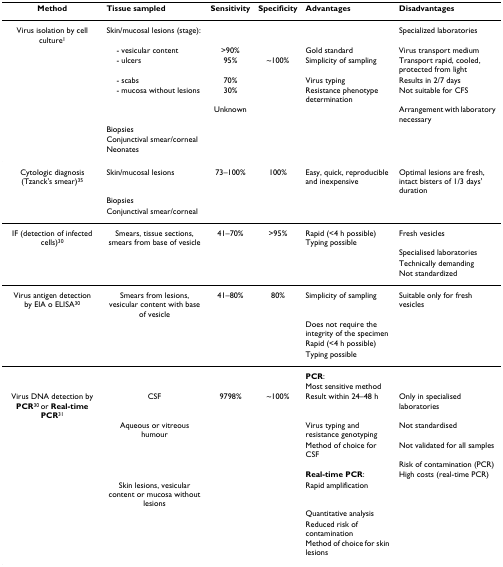
<table><thead><tr><td><b>Method</b></td><td><b>Tissue sampled</b></td><td><b>Sensitivity</b></td><td><b>Specificity</b></td><td><b>Advantages</b></td><td><b>Disadvantages</b></td></tr></thead><tbody><tr><td>Virus isolation by cell culture<sup>1</sup></td><td>Skin/mucosal lesions (stage):</td><td></td><td></td><td></td><td>Specialized laboratories</td></tr><tr><td></td><td> - vesicular content</td><td>&gt;90%</td><td></td><td>Gold standard</td><td>Virus transport medium</td></tr><tr><td></td><td> - ulcers</td><td>95%</td><td>~100%</td><td>Simplicity of sampling</td><td>Transport rapid, cooled, protected from light</td></tr><tr><td></td><td> - scabs</td><td>70%</td><td></td><td>Virus typing</td><td>Results in 2/7 days</td></tr><tr><td></td><td> - mucosa without lesions</td><td>30%</td><td></td><td>Resistance phenotype determination</td><td>Not suitable for CFS</td></tr><tr><td></td><td></td><td>Unknown</td><td></td><td></td><td>Arrangement with laboratory necessary</td></tr><tr><td></td><td>Biopsies</td><td></td><td></td><td></td><td></td></tr><tr><td></td><td>Conjunctival smear/corneal</td><td></td><td></td><td></td><td></td></tr><tr><td></td><td>Neonates</td><td></td><td></td><td></td><td></td></tr><tr><td>Cytologic diagnosis(Tzanck&#x27;s smear)<sup>35</sup></td><td>Skin/mucosal lesions</td><td>73–100%</td><td>100%</td><td>Easy, quick, reproducible and inexpensive</td><td>Optimal lesions are fresh, intact bisters of 1/3 days&#x27; duration</td></tr><tr><td></td><td>Biopsies</td><td></td><td></td><td></td><td></td></tr><tr><td></td><td>Conjunctival smear/corneal</td><td></td><td></td><td></td><td></td></tr><tr><td>IF (detection of infected cells)<sup>30</sup></td><td>Smears, tissue sections, smears from base of vesicle</td><td>41–70%</td><td>&gt;95%</td><td>Rapid (&lt;4 h possible)Typing possible</td><td>Fresh vesicles</td></tr><tr><td></td><td></td><td></td><td></td><td></td><td>Specialised laboratories</td></tr><tr><td></td><td></td><td></td><td></td><td></td><td>Technically demanding</td></tr><tr><td></td><td></td><td></td><td></td><td></td><td>Not standardized</td></tr><tr><td>Virus antigen detectionby EIA o ELISA<sup>30</sup></td><td>Smears from lesions, vesicular content with base of vesicle</td><td>41–80%</td><td>80%</td><td>Simplicity of sampling</td><td>Suitable only for fresh vesicles</td></tr><tr><td></td><td></td><td></td><td></td><td>Does not require the integrity of the specimen</td><td></td></tr><tr><td></td><td></td><td></td><td></td><td>Rapid (&lt;4 h possible)</td><td></td></tr><tr><td></td><td></td><td></td><td></td><td>Typing possible</td><td></td></tr><tr><td></td><td></td><td></td><td></td><td><b>PCR</b>:</td><td></td></tr><tr><td></td><td></td><td></td><td></td><td>Most sensitive method</td><td></td></tr><tr><td>Virus DNA detection by <b>PCR</b><sup>30 </sup>or <b>Real-time PCR</b><sup>31</sup></td><td>CSF</td><td>9798%</td><td>~100%</td><td>Result within 24–48 h</td><td>Only in specialised laboratories</td></tr><tr><td></td><td>Aqueous or vitreous humour</td><td></td><td></td><td>Virus typing and resistance genotyping</td><td>Not standardised</td></tr><tr><td></td><td></td><td></td><td></td><td>Method of choice for CSF</td><td>Not validated for all samples</td></tr><tr><td></td><td></td><td></td><td></td><td></td><td>Risk of contamination (PCR)</td></tr><tr><td></td><td></td><td></td><td></td><td><b>Real-time PCR</b>:</td><td>High costs (real-time PCR)</td></tr><tr><td></td><td>Skin lesions, vesicular content or mucosa without lesions</td><td></td><td></td><td>Rapid amplification</td><td></td></tr><tr><td></td><td></td><td></td><td></td><td>Quantitative analysis</td><td></td></tr><tr><td></td><td></td><td></td><td></td><td>Reduced risk of contamination</td><td></td></tr><tr><td></td><td></td><td></td><td></td><td>Method of choice for skin lesions</td><td></td></tr></tbody></table>